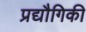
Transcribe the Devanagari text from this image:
प्रद्यौगिकी